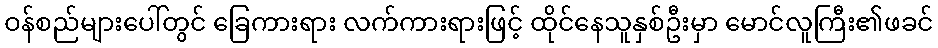
ဝန်စည်များပေါ်တွင် ခြေကားရား လက်ကားရားဖြင့် ထိုင်နေသူနှစ်ဦးမှာ မောင်လူကြီး၏ဖခင်